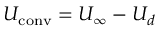
U _ { \mathrm { c o n v } } = U _ { \infty } - U _ { d }